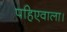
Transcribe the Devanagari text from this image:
पहिएवाला।